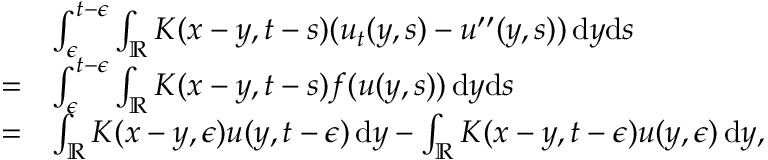
\begin{array} { r l } & { \int _ { \epsilon } ^ { t - \epsilon } \int _ { \mathbb { R } } K ( x - y , t - s ) ( u _ { t } ( y , s ) - u ^ { \prime \prime } ( y , s ) ) \, \mathrm { d } y \mathrm { d } s } \\ { = } & { \int _ { \epsilon } ^ { t - \epsilon } \int _ { \mathbb { R } } K ( x - y , t - s ) f ( u ( y , s ) ) \, \mathrm { d } y \mathrm { d } s } \\ { = } & { \int _ { \mathbb { R } } K ( x - y , \epsilon ) u ( y , t - \epsilon ) \, \mathrm { d } y - \int _ { \mathbb { R } } K ( x - y , t - \epsilon ) u ( y , \epsilon ) \, \mathrm { d } y , } \end{array}